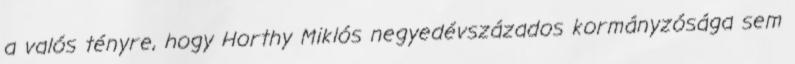
a valós tényre, hogy Horthy Miklós negyedévszázados kormányzósága sem